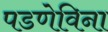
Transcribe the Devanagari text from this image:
पडणेविना